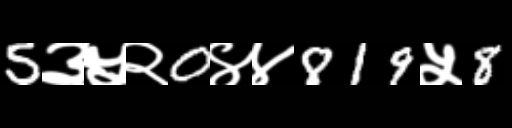
Text: 5३५२0४४819५8